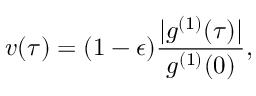
v ( \tau ) = ( 1 - \epsilon ) \frac { | g ^ { ( 1 ) } ( \tau ) | } { g ^ { ( 1 ) } ( 0 ) } ,